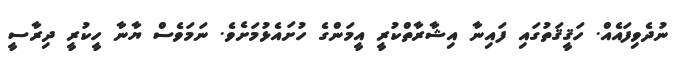
ނުދެވިފައެެއް. ހަޤީޤަތުގައި ފައިނާ އިޝާރާތްކުރީ އީމަންގެ ހުށައެޅުމަށެވެ. ނަމަވެސް ޔާނާ ހީކުރީ ދިރާސީ